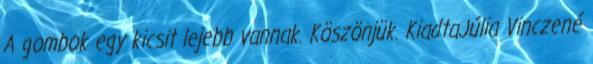
A gombok egy kicsit lejebb vannak. Köszönjük. KiadtaJúlia Vinczené